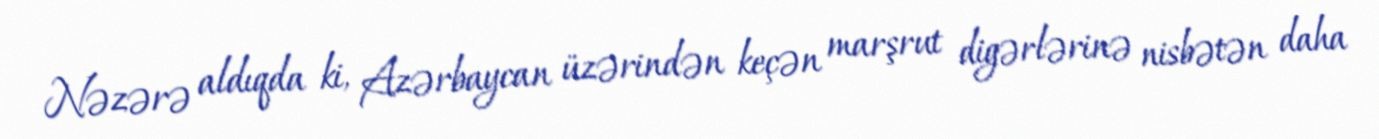
Nəzərə aldıqda ki, Azərbaycan üzərindən keçən marşrut digərlərinə nisbətən daha